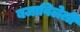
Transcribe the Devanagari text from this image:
बजाविलेली